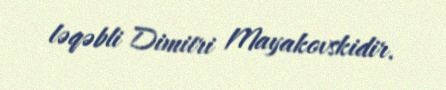
ləqəbli Dimitri Mayakovskidir.